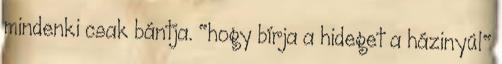
mindenki csak bántja. "hogy bírja a hideget a házinyúl"